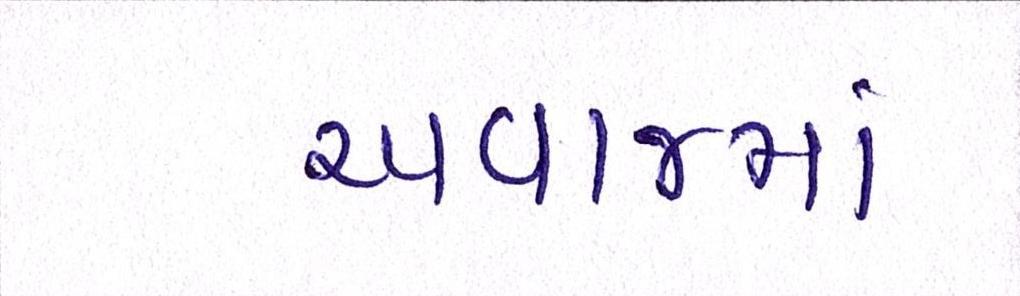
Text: અવાજમાં